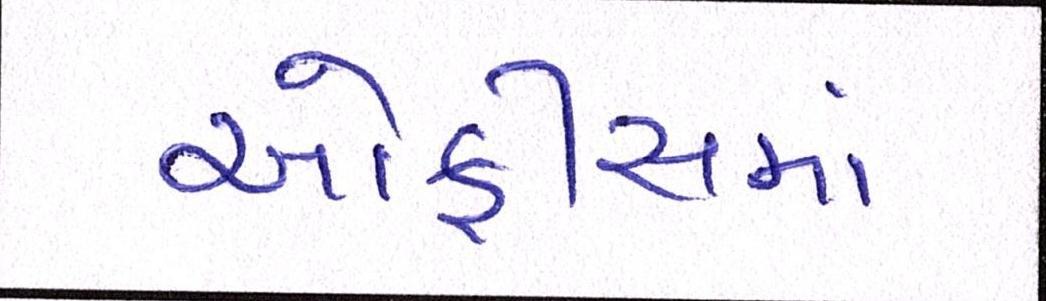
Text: ઓફીસમાં